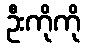
ဦးကိုကို